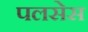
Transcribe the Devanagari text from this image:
पलसेस